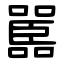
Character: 嚚